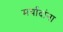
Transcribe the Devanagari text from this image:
मर्यादांना